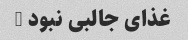
غذای جالبی نبود …